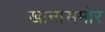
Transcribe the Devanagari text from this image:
खानासमोर